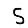
Digit: 5